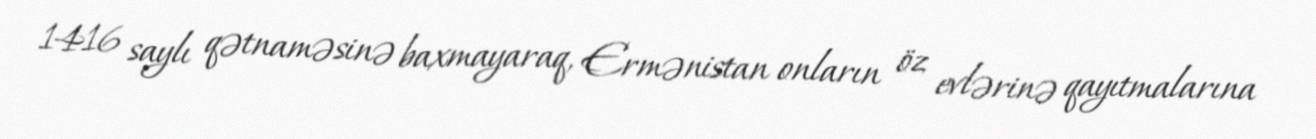
1416 saylı qətnaməsinə baxmayaraq, Ermənistan onların öz evlərinə qayıtmalarına